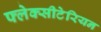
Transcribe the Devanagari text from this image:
फ्लेक्सीटेरियन